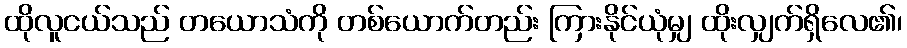
ထိုလူငယ်သည် တယောသံကို တစ်ယောက်တည်း ကြားနိုင်ယုံမျှ ထိုးလျှက်ရှိလေ၏၊